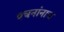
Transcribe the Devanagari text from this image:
वचनांनाच